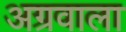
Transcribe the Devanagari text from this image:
अग्रवाला